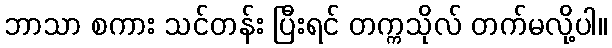
ဘာသာ စကား သင်တန်း ပြီးရင် တက္ကသိုလ် တက်မလို့ပါ။